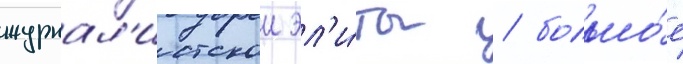
журнал'истскои эл'и́ты / большо́е